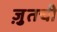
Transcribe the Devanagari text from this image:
ज़ुतची